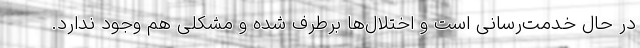
در حال خدمت‌رسانی است و اختلال‌ها برطرف شده و مشکلی هم وجود ندارد.